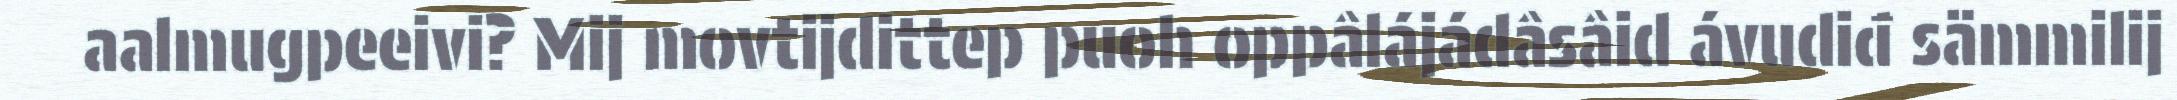
aalmugpeeivi? Mij movtijdittep puoh oppâlájádâsâid ávudiđ sämmilij